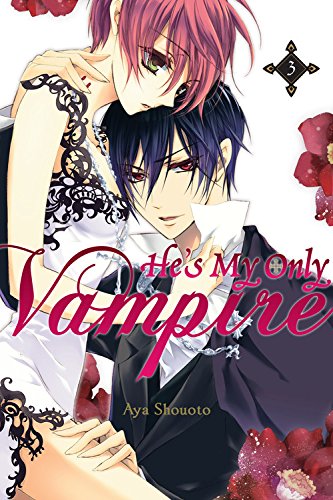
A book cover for He's My Only Vampire, Vol. 3; Aya Shouoto; Comics & Graphic Novels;